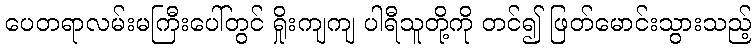
ပေတရာလမ်းမကြီးပေါ်တွင် ရှိုးကျကျ ပါရီသူတို့ကို တင်၍ ဖြတ်မောင်းသွားသည့်